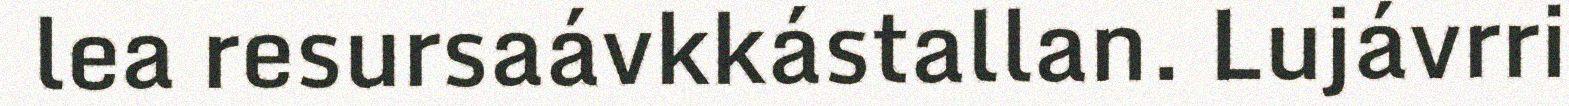
lea resursaávkkástallan. Lujávrri